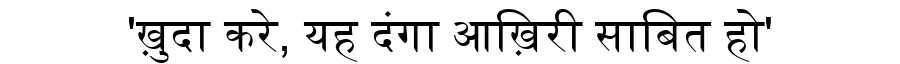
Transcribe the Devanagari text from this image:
'ख़ुदा करे, यह दंगा आख़िरी साबित हो'